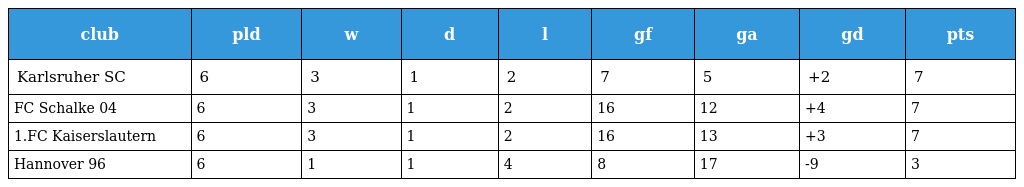
| club | pld | w | d | l | gf | ga | gd | pts |
 | --- | --- | --- | --- | --- | --- | --- | --- | --- |
 | Karlsruher SC | 6 | 3 | 1 | 2 | 7 | 5 | +2 | 7 |
 | FC Schalke 04 | 6 | 3 | 1 | 2 | 16 | 12 | +4 | 7 |
 | 1.FC Kaiserslautern | 6 | 3 | 1 | 2 | 16 | 13 | +3 | 7 |
 | Hannover 96 | 6 | 1 | 1 | 4 | 8 | 17 | -9 | 3 |